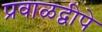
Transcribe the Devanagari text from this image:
प्रवाळद्वीपे